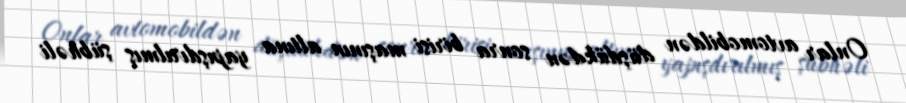
Onlar avtomobildən düşdükdən sonra birisi maşının altına yapışdırılmış şübhəli